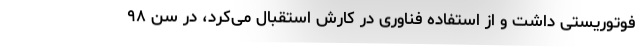
فوتوریستی داشت و از استفاده فناوری در کارش استقبال می‌کرد، در سن ۹۸